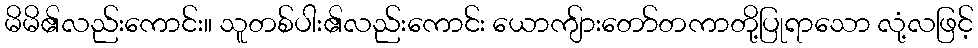
မိမိ၏လည်းကောင်း။ သူတစ်ပါး၏လည်းကောင်း ယောကျ်ားတော်တကာတို့ပြုရာသော လုံ့လဖြင့်